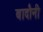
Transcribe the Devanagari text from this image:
बादौनी